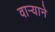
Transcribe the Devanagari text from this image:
वार्‍याने